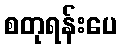
စတုရန်းပေ